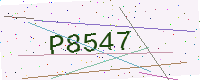
Text: P8547